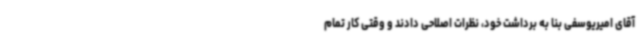
آقای امیریوسفی بنا به برداشت‌ خود، نظرات اصلاحی دادند و وقتی کار تمام